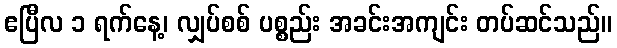
ဧပြီလ ၁ ရက်နေ့၊ လျှပ်စစ် ပစ္စည်း အခင်းအကျင်း တပ်ဆင်သည်။